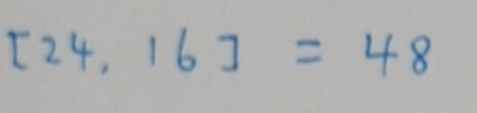
[ 2 4 , 1 6 ] = 4 8